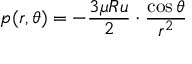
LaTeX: p ( r , \theta ) = - { \frac { 3 \mu R u } { 2 } } \cdot { \frac { \cos \theta } { r ^ { 2 } } }